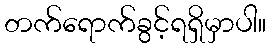
တက်ရောက်ခွင့်ရရှိမှာပါ။